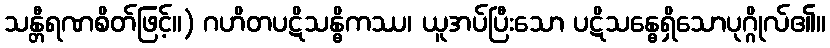
သန္တီရဏစိတ်ဖြင့်။) ဂဟိတပဋိသန္ဓိကဿ၊ ယူအပ်ပြီးသော ပဋိသန္ဓေရှိသောပုဂ္ဂိုလ်၏။